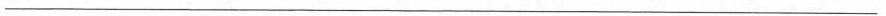
___